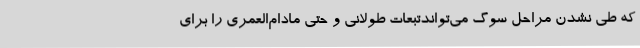
که طی نشدن مراحل سوگ می‌تواندتبعات طولانی و حتی مادام‌العمری را برای